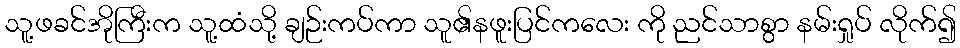
သူ့ဖခင်အိုကြီးက သူ့ထံသို့ ချဉ်းကပ်ကာ သူ၏နဖူးပြင်ကလေး ကို ညင်သာစွာ နမ်းရှုပ် လိုက်၍